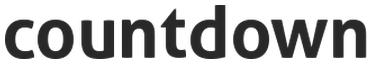
countdown